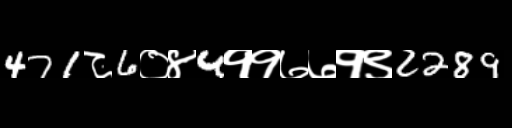
Text: 471८6०४4११७७१९2289